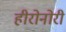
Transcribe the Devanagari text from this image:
हीरोनोरी